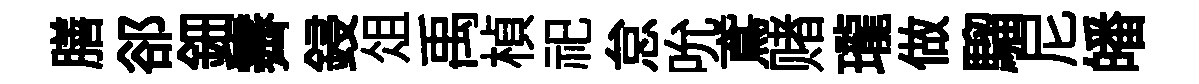
膳郤鈿霽鋟俎禹楨祀怠吮鳶赌瓏做騮尼皤